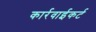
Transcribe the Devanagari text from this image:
कार्रवाईकर्ट